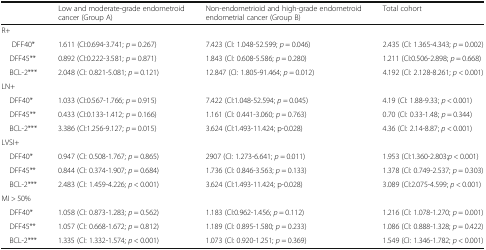
<table><thead><tr><td></td><td><b>Low and moderate-grade endometroid cancer (Group A)</b></td><td><b>Non-endometrioid and high-grade endometroid endometrial cancer (Group B)</b></td><td><b>Total cohort</b></td></tr></thead><tbody><tr><td colspan="4">R+</td></tr><tr><td> DFF40*</td><td>1.611 (CI:0.694-3.741; <i>p</i> = 0.267)</td><td>7.423 (CI: 1.048-52.599; <i>p</i> = 0.046)</td><td>2.435 (CI: 1.365-4.343; <i>p</i> = 0.002)</td></tr><tr><td> DFF45**</td><td>0.892 (CI:0.222-3.581; <i>p</i> = 0.871)</td><td>1.843 (CI: 0.608-5.586; <i>p</i> = 0.280)</td><td>1.211 (CI:0.506-2.898; <i>p</i> = 0.668)</td></tr><tr><td> BCL-2***</td><td>2.048 (CI: 0.821-5.081; <i>p</i> = 0.121)</td><td>12.847 (CI: 1.805-91.464; <i>p</i> = 0.012)</td><td>4.192 (CI: 2.128-8.261; <i>p</i> &lt; 0.001)</td></tr><tr><td colspan="4">LN+</td></tr><tr><td> DFF40*</td><td>1.033 (CI:0.567-1.766; <i>p</i> = 0.915)</td><td>7.422 (CI:1.048-52.594; <i>p</i> = 0.045)</td><td>4.19 (CI: 1.88-9.33; <i>p</i> &lt; 0.001)</td></tr><tr><td> DFF45**</td><td>0.433 (CI:0.133-1.412; <i>p</i> = 0.166)</td><td>1.161 (CI: 0.441-3.060; <i>p</i> = 0.763)</td><td>0.70 (CI: 0.33-1.48; <i>p</i> = 0.344)</td></tr><tr><td> BCL-2***</td><td>3.386 (CI:1.256-9.127; <i>p</i> = 0.015)</td><td>3.624 (CI:1.493-11.424; p-0.028)</td><td>4.36 (CI: 2.14-8.87; <i>p</i> &lt; 0.001)</td></tr><tr><td colspan="4">LVSI+</td></tr><tr><td> DFF40*</td><td>0.947 (CI: 0.508-1.767; <i>p</i> = 0.865)</td><td>2907 (CI: 1.273-6.641; <i>p</i> = 0.011)</td><td>1.953 (CI:1.360-2.803;<i>p</i> &lt; 0.001)</td></tr><tr><td> DFF45**</td><td>0.844 (CI: 0.374-1.907; <i>p</i> = 0.684)</td><td>1.736 (CI: 0.846-3.563; <i>p</i> = 0.133)</td><td>1.378 (CI: 0.749-2.537; <i>p</i> = 0.303)</td></tr><tr><td> BCL-2***</td><td>2.483 (CI: 1.459-4.226; <i>p</i> &lt; 0.001)</td><td>3.624 (CI:1.493-11.424; p-0.028)</td><td>3.089 (CI:2.075-4.599; <i>p</i> &lt; 0.001)</td></tr><tr><td colspan="4">MI &gt; 50%</td></tr><tr><td> DFF40*</td><td>1.058 (CI: 0.873-1.283; <i>p</i> = 0.562)</td><td>1.183 (CI:0.962-1.456; <i>p</i> = 0.112)</td><td>1.216 (CI: 1.078-1.270; <i>p</i> = 0.001)</td></tr><tr><td> DFF45**</td><td>1.057 (CI: 0.668-1.672; <i>p</i> = 0.812)</td><td>1.189 (CI: 0.895-1.580; <i>p</i> = 0.233)</td><td>1.086 (CI: 0.888-1.328; <i>p</i> = 0.422)</td></tr><tr><td> BCL-2***</td><td>1.335 (CI: 1.332-1.574; <i>p</i> &lt; 0.001)</td><td>1.073 (CI: 0.920-1.251; <i>p</i> = 0.369)</td><td>1.549 (CI: 1.346-1.782; <i>p</i> &lt; 0.001)</td></tr></tbody></table>